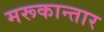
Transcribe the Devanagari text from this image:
मरूकान्तार